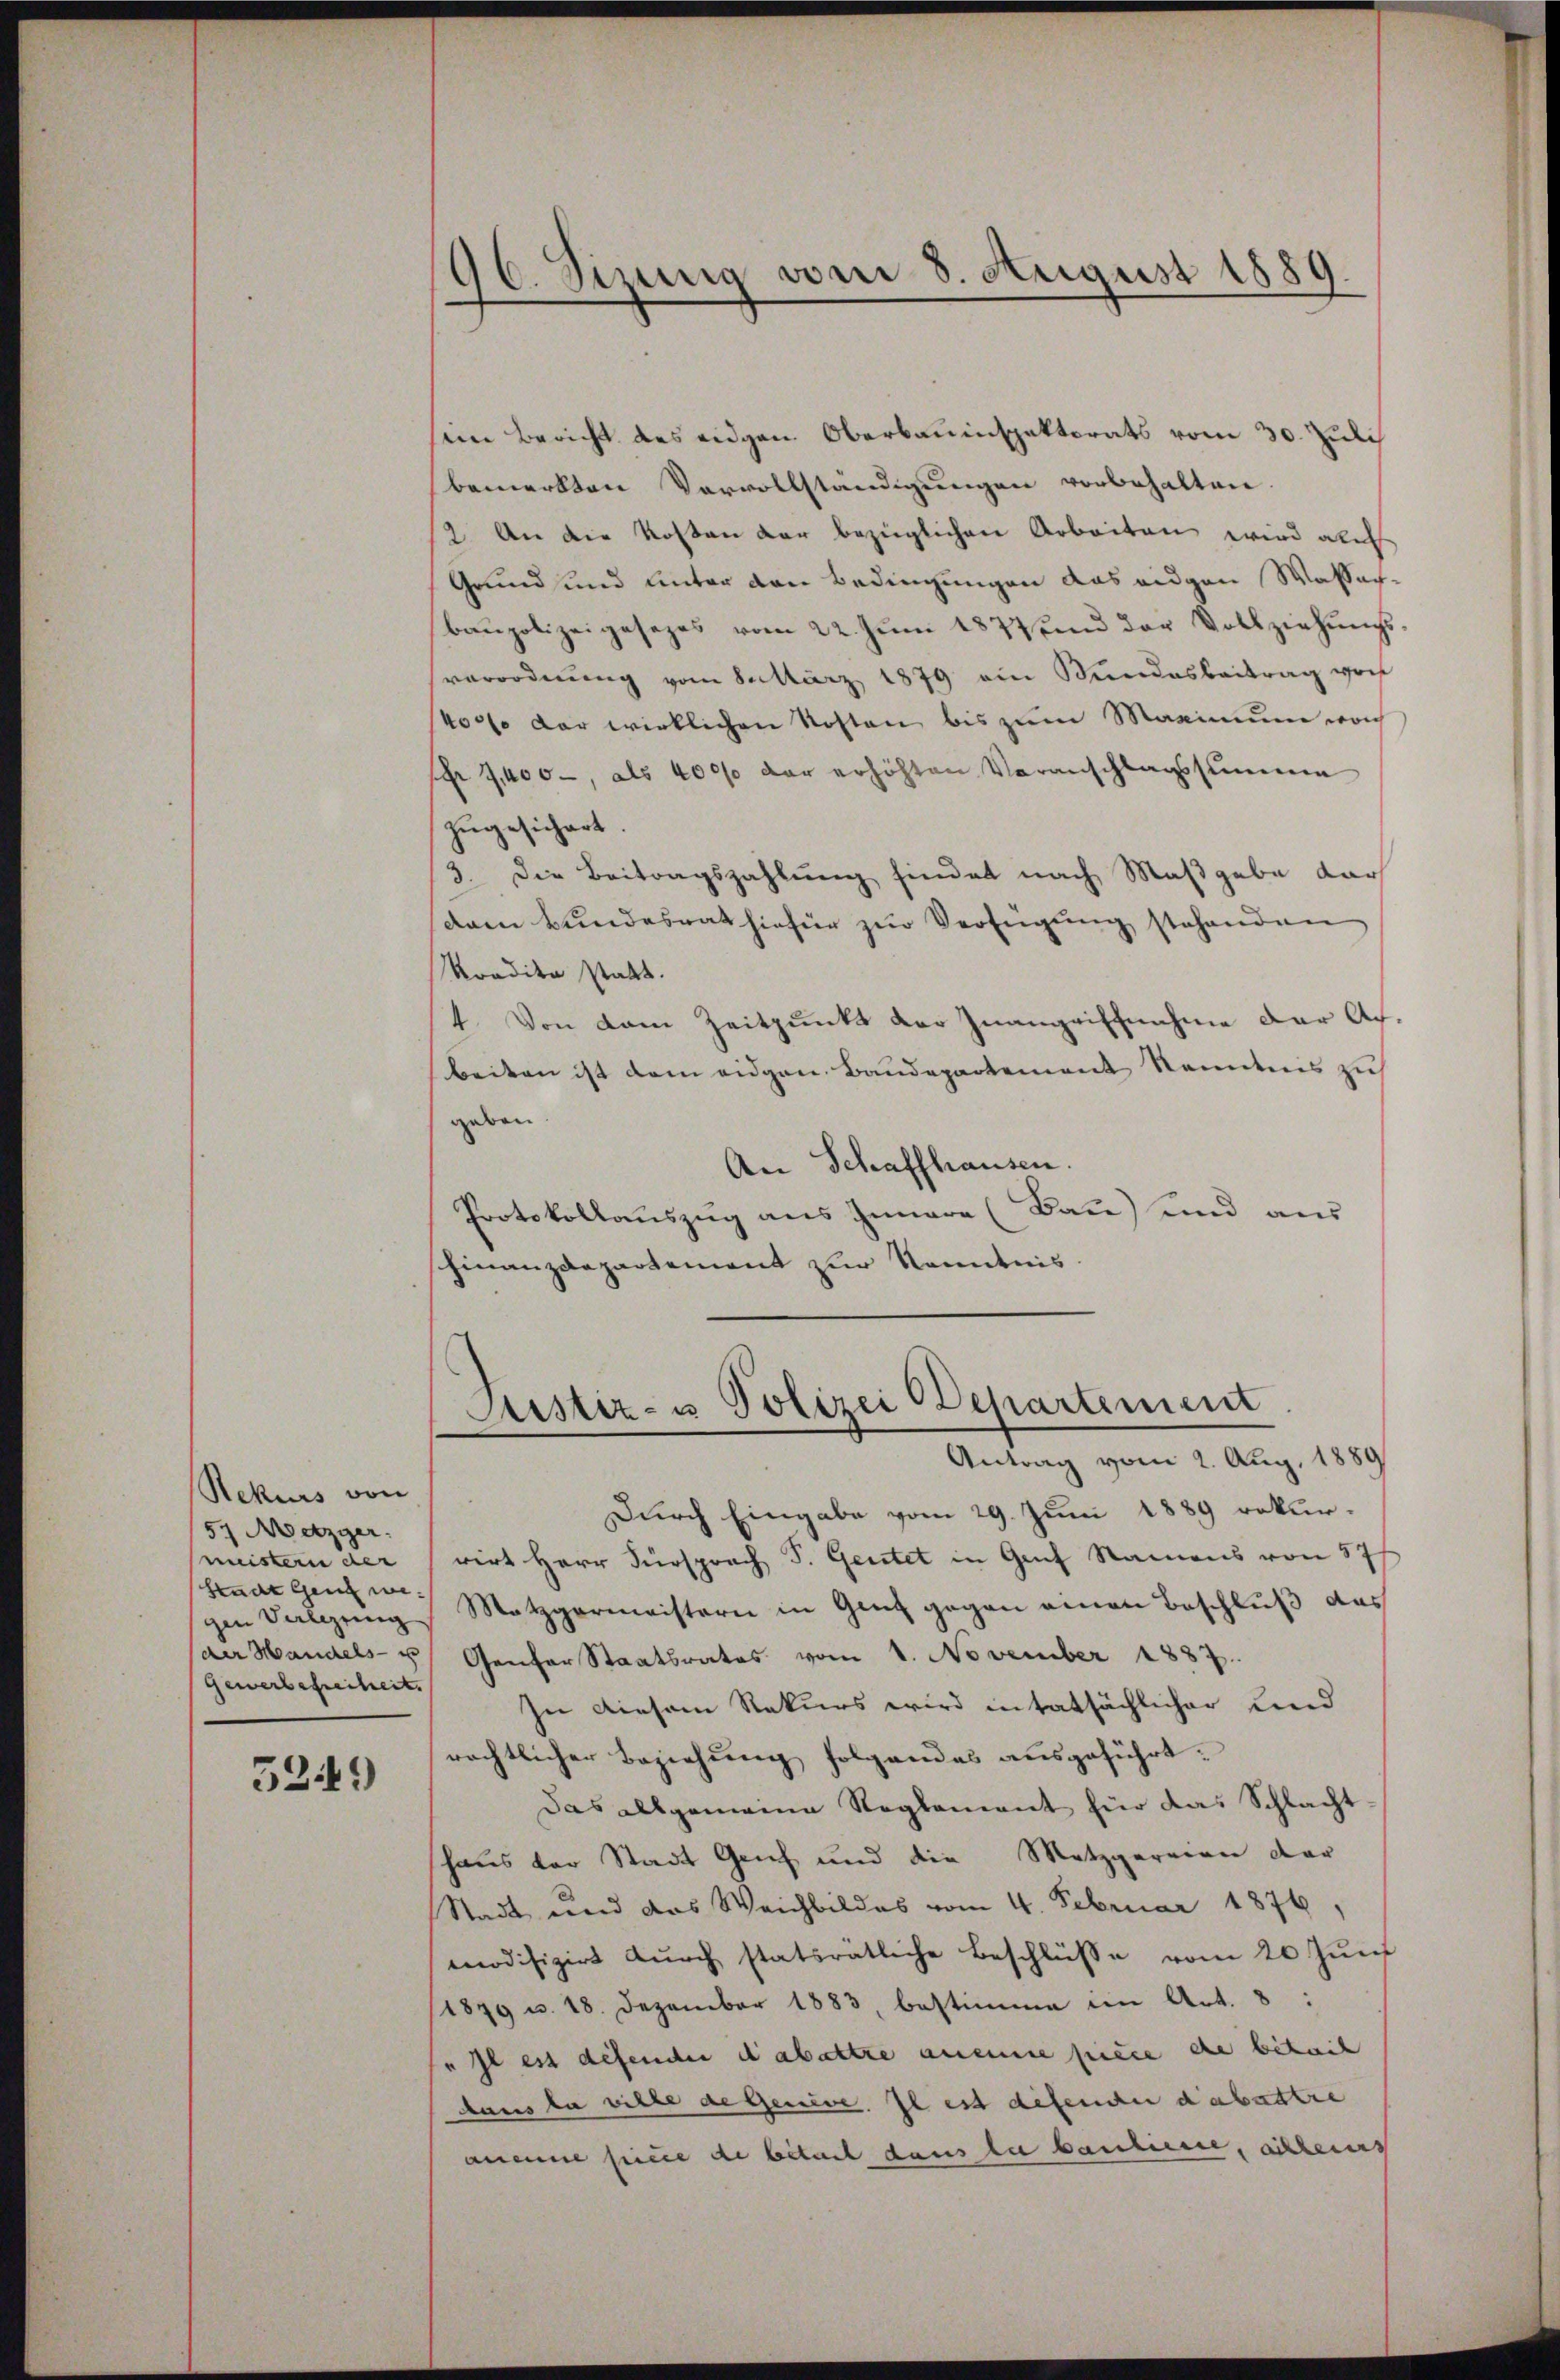
Rekurs von
57 Metzger
meistern der
Hrade ganz wegen Verlegung
(der Handels- u
Gewerbefreiheit.

5249)

96. Sizung vom 8. August 1889.

sein Bericht des eidgen Oberbauinspektorats vom 30. Juli
bemerkten Vervollständigŭngen vorbehalten.
(2. An die Kosten der bezüglichen Arbeiten wird alich
Grund und unter den Bedingungen das eidgen Wassach-
baupolizeigesezes vom 22. Jŭni 1877 und der Vollziehŭngs-
sverordnung vom 8. März 1879 ein Bundesbeitrag von
40000 der wirklichen Kosten bis zum Maximum woch
s 9,400, als 40000 der erhöhten Veranschlagssumme
zugesichert.
3. Die Beitragszahlung findet nach Maßgabe darf
dam Bundesrat hiefür zur Verfügung stehenden
Koadita statt.
4. Von dem Zeitpunkt der Inangriffnahme der Afbeiten ist dem eidgen. Baudepartement Kenntnis zu
geben.
An Schaffhausen.
Protokollauszug aus Innere (Bau) und aus
schinanzdepartement zur Kenntnis.

Justiz- u Polizei Departement
Antrag vom 2. Aug. 1889

Durch Eingabe vom 29. Juni 1889 rekurrirt Herr Fürsprach P. Geutet in Genf Namens von 87 f
Metzgermeistern in Ganz gegen einen Beschluß das
Genfer Staatsrates vom 1. November 1887.
In Diesem Rekurs wird in tatsächlicher und
rechtlicher Beziehung folgendes ausgeführt:
Das allgemeine Reglement für das Schlacht
haus der Stadt Genf und die Metzgereien dar
Stadt und das Weichbildes vom 4. Februar 1876,
modifizirt durch statsrätliche Beschlüsse vom 20 Jun
1879 u. 18. Dezember 1883, bestimme im Art. 8:
„Il est defender dabattre aneine pièce die besuch
dans la ville de Geneve. Il est defende dabattre
aneine sie de bitaet dans le baulinie, alleins